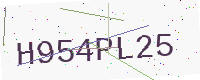
Text: H954PL25